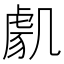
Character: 𭂸